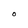
Character: O